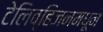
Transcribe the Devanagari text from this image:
टेलिव्हिजनमधून